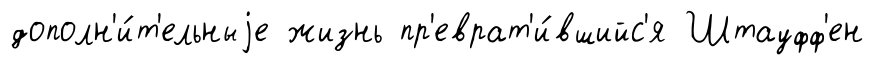
дополн'и́т'ельныjе жизнь пр'еврат'и́вшийс'я Штауфф'ен